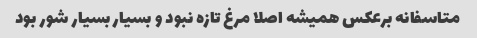
متاسفانه برعکس همیشه اصلا مرغ تازه نبود و بسیار بسیار شور بود